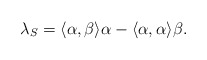
\begin{align*} \lambda_S = \langle \alpha,\beta \rangle \alpha -\langle \alpha ,\alpha\rangle \beta.\end{align*}